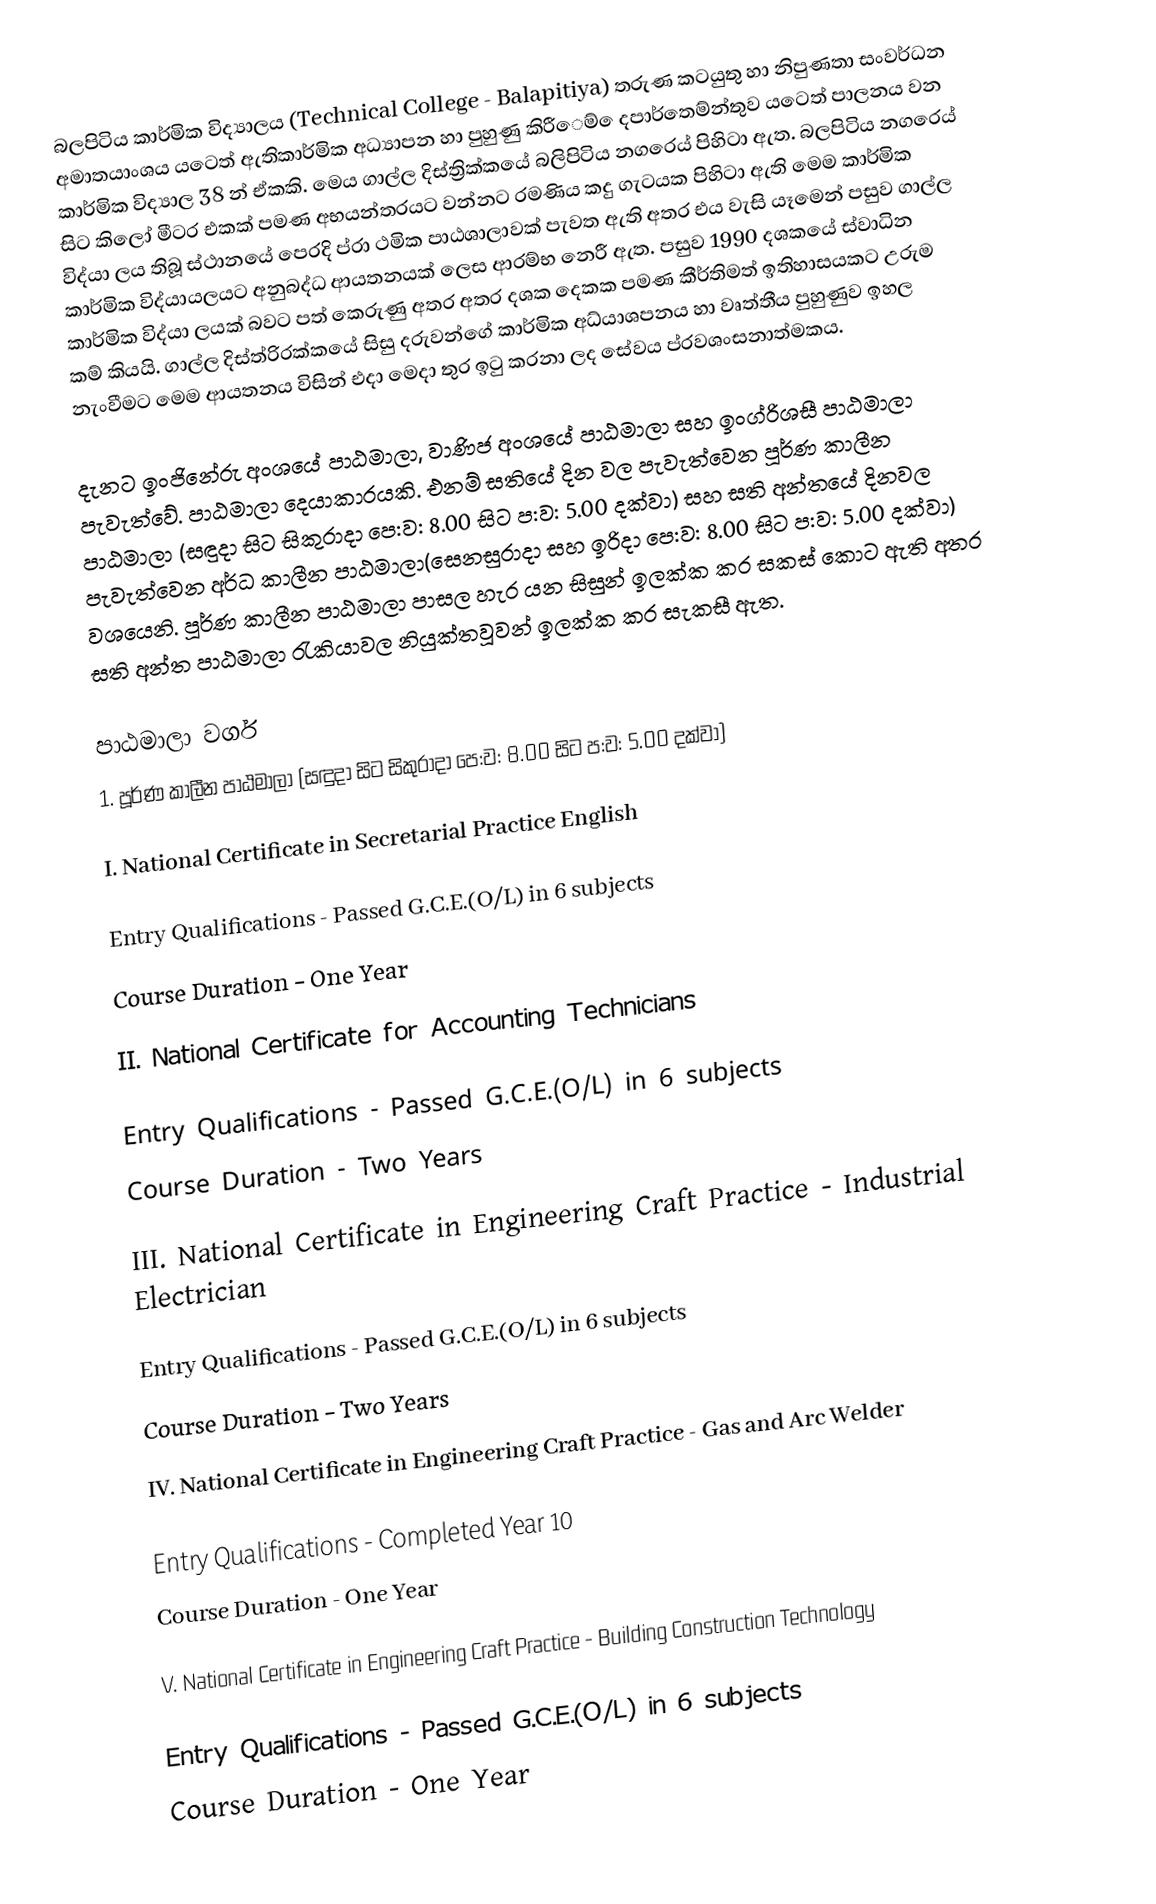
බලපිටිය කාර්මික විද්‍යාලය (Technical College - Balapitiya) තරුණ කටයුතු හා නිපුණතා සංවර්ධන අමාතයාංශය යටෙත් ඇතිකාර්මික අධ්‍යාපන හා පුහුණු කිරීෙම් ෙදපාර්තෙම්න්තුව යටෙත් පාලනය වන කාර්මික විද්‍යාල 38 න් ඒකකි. මෙය ගාල්ල දිස්ත්‍රික්කයේ බලිපිටිය නගරෙය් පිහිටා ඇත. බලපිටිය නගරෙය් සිට කිලෝ මීටර එකක් පමණ අභයන්තරයට වන්නට  රමණිය කදු ගැටයක පිහිටා ඇති මෙම කාර්මික විද්යා ලය තිබූ ස්ථානයේ පෙරදි  ප්රා ථමික පාඨශාලාවක් පැවත ඇති අතර එය වැසි යෑමෙන් පසුව ගාල්ල කාර්මික විද්යායලයට අනුබද්ධ ආයතනයක් ලෙස ආරම්භ නෙරී ඇත. පසුව 1990 දශකයේ ස්වාධින කාර්මික විද්යා ලයක් බවට පත් කෙරුණු අතර අතර දශක දෙකක පමණ කීර්තිමත් ඉතිහාසයකට උරුම කම් කියයි. ගාල්ල දිස්ත්රිරක්කයේ  සිසු දරුවන්ගේ කාර්මික අධ්යාශපනය හා වෘත්තීය පුහුණුව ඉහල නැංවීමට මෙම ආයතනය විසින් එදා මෙදා තුර ඉටු කරනා ලද සේවය ප්රවශංසනාත්මකය.

දැනට ඉංජිනේරු අංශයේ පාඨමාලා, වාණිජ අංශයේ පාඨමාලා සහ ඉංග්රිශසී පාඨමාලා පැවැත්වේ. පාඨමාලා දෙයාකාරයකි. එනම් සතියේ දින වල පැවැත්වෙන පූර්ණ කාලීන පාඨමාලා (සඳුදා සිට සිකුරාදා පෙ:ව: 8.00 සිට ප:ව: 5.00 දක්වා) සහ සති අන්තයේ දිනවල පැවැත්වෙන අර්ධ කාලීන පාඨමාලා(සෙනසුරාදා සහ ඉරිදා පෙ:ව: 8.00 සිට ප:ව: 5.00 දක්වා) වශයෙනි. පූර්ණ කාලීන පාඨමාලා පාසල හැර යන සිසුන් ඉලක්ක කර සකස් කොට ඇති අතර සති අන්ත පාඨමාලා රැකියාවල නියුක්තවූවන් ඉලක්ක කර සැකසී ඇත.

පාඨමාලා වර්ග
1. පූර්ණ කාලීන පාඨමාලා (සඳුදා සිට සිකුරාදා පෙ:ව: 8.00 සිට ප:ව: 5.00 දක්වා)

I. National Certificate in Secretarial Practice English

Entry Qualifications - Passed G.C.E.(O/L) in 6 subjects
Course Duration - One Year

II. National Certificate for Accounting Technicians

Entry Qualifications - Passed G.C.E.(O/L) in 6 subjects
Course Duration - Two Years

III. National Certificate in Engineering Craft Practice - Industrial Electrician

Entry Qualifications - Passed G.C.E.(O/L) in 6 subjects
Course Duration - Two Years

IV. National Certificate in Engineering Craft Practice - Gas and Arc Welder

Entry Qualifications - Completed Year 10
Course Duration - One Year

V. National Certificate in Engineering Craft Practice - Building Construction Technology

Entry Qualifications - Passed G.C.E.(O/L) in 6 subjects
Course Duration - One Year